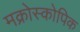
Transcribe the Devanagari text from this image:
मक्रोस्कोपिक